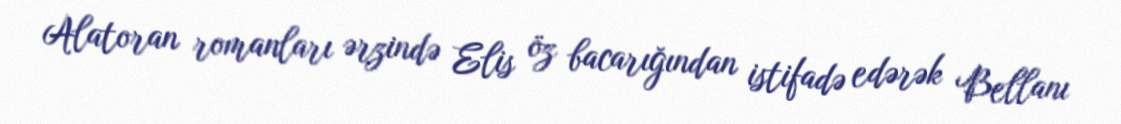
Alatoran romanları ərzində Elis öz bacarığından istifadə edərək Bellanı